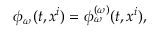
\phi _ { \omega } ( t , x ^ { i } ) = \phi _ { \omega } ^ { ( \omega ) } ( t , x ^ { i } ) ,